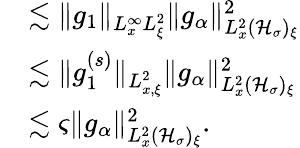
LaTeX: \begin{array}{rl}&{\lesssim\| g_{1}\| _{L_{x}^{\infty}L_{\xi}^{2}}\| g_{\alpha}\| _{L_{x}^{2}(\mathcal H_{\sigma})_{\xi}}^{2}}\\ &{\lesssim\| g_{1}^{(s)}\| _{L_{x,\xi}^{2}}\| g_{\alpha}\| _{L_{x}^{2}(\mathcal H_{\sigma})_{\xi}}^{2}}\\ &{\lesssim\varsigma\| g_{\alpha}\| _{L_{x}^{2}(\mathcal H_{\sigma})_{\xi}}^{2}.}\end{array}